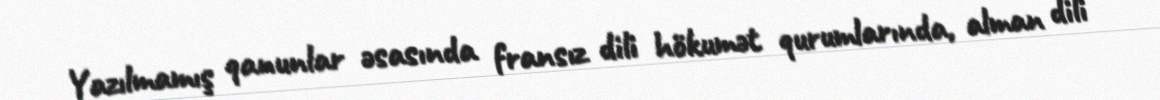
Yazılmamış qanunlar əsasında fransız dili hökumət qurumlarında, alman dili